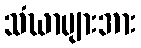
သံဃာများအား